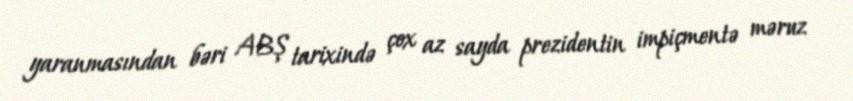
yaranmasından bəri ABŞ tarixində çox az sayda prezidentin impiçmentə məruz